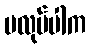
မလုပ်ပါက